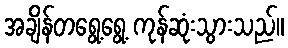
အချိန်တရွေ့ရွေ့ ကုန်ဆုံးသွားသည်။